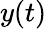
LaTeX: y(t)